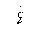
Letter: _gayn